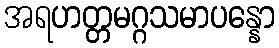
အရဟတ္တမဂ္ဂသမာပန္နော